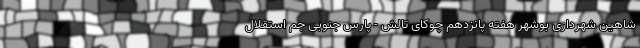
شاهین شهرداری بوشهر هفته پانزدهم چوکای تالش - پارس جنوبی جم استقلال